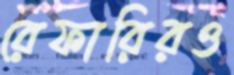
রেফারিরও